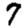
Digit: 7